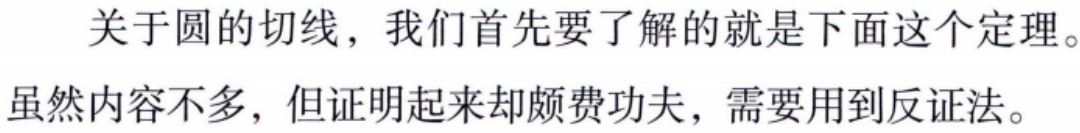
关于圆的切线，我们首先要了解的就是下面这个定理。虽然内容不多，但证明起来却颇费功夫，需要用到反证法。